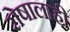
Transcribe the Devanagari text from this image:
रोषालाही